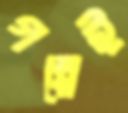
গল্পেই